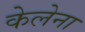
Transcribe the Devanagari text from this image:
केलेना